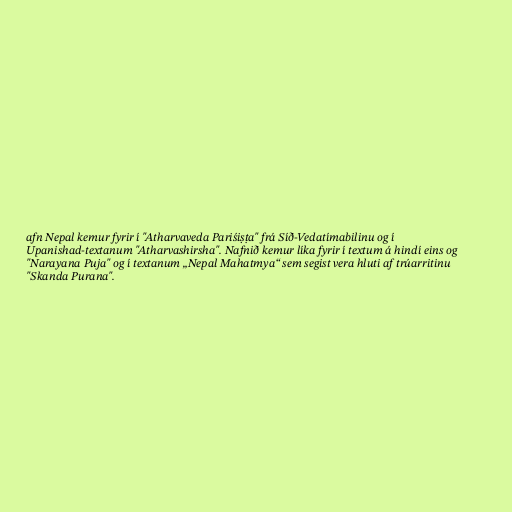
afn Nepal kemur fyrir í "Atharvaveda Pariśiṣṭa" frá Síð-Vedatímabilinu og í
Upanishad-textanum "Atharvashirsha". Nafnið kemur líka fyrir í textum á hindí eins og
"Narayana Puja" og í textanum „Nepal Mahatmya“ sem segist vera hluti af trúarritinu
"Skanda Purana".